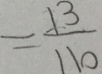
= \frac { 1 3 } { 1 1 0 }